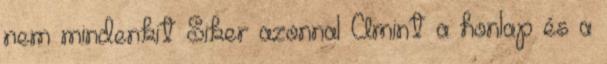
nem mindenkit Siker azonnal Amint a honlap és a